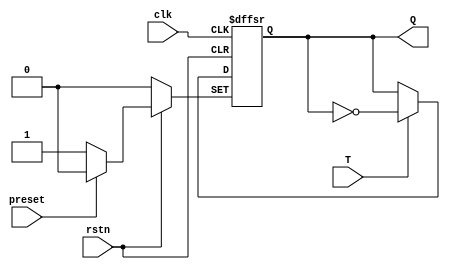
module tff(
    input T, 
    input rstn, preset, clk,
    output reg Q
    );

    always @(posedge clk or negedge rstn or negedge preset) begin
        if (!rstn) begin
            Q <= 0;
        end
        else if (!preset) begin
            Q <= 1;
        end
        else begin
            Q <= (T ? ~Q : Q);
        end
    end

endmodule